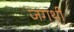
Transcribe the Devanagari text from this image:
जगथी